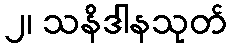
၂၊ သနိဒါနသုတ်